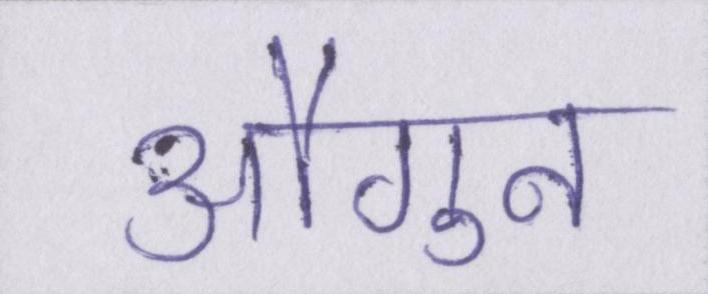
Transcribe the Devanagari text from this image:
औगुन